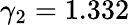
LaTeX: \gamma_{2}=1.332